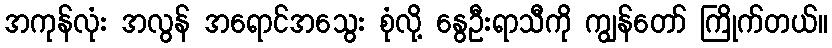
အကုန်လုံး အလွန် အရောင်အသွေး စုံလို့ နွေဦးရာသီကို ကျွန်တော် ကြိုက်တယ်။